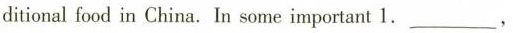
ditional food in China.In some important 1.___,